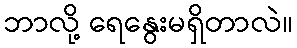
ဘာလို့ ရေနွေးမရှိတာလဲ။